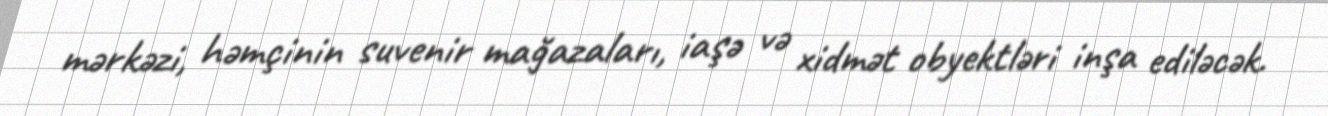
mərkəzi, həmçinin suvenir mağazaları, iaşə və xidmət obyektləri inşa ediləcək.